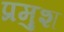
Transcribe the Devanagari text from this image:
प्रमुश